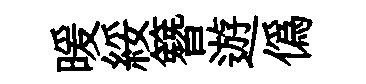
暖綏簪遊偽